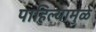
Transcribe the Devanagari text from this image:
पाहिल्यामुळे